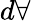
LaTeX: d\forall